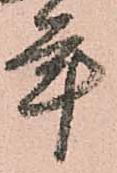
年